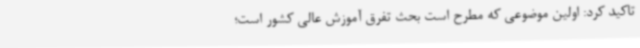
تاکید کرد: اولین موضوعی که مطرح است بحث تفرق آموزش عالی کشور است؛